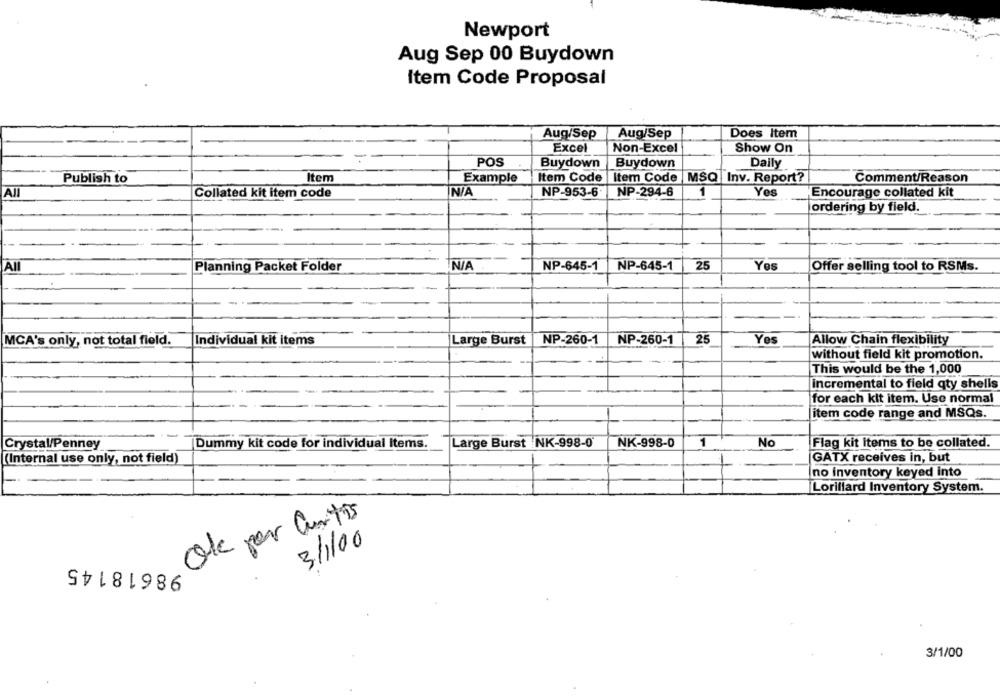
Newport
Aug Sep 00 Buydown
Item Code Proposal
Does Item
Aug/Sep
Aug/Sep
Excel
Non-Excel
Show On
-
POS
Buydown
Buydown
Daily
Publish to
Item
Example
Item Code
Item Code MSQ Inv. Report?
Comment/Reason
All
Collated kit item code
NP-953-6
NP-294-6
1
Yes
Encourage collated kit
ordering by field.
AI
Planning Packet Folder
NP-645-1
NP-645-1
25
Yes
Offer selling tool to RSMs.
MCA's only, not total field.
Individual kit items
Large Burst
NP-260-1
NP-260-1
25
Yes
Allow Chain flexibility
without field kit promotion.
This would be the 1,000
incremental to field qty shells
for each kit item. Use normal
item code range and MSQs.
Crystal/Penney
Dummy kit code for individual Items.
Large Burst NK-998-0
NK-998-0
1
No
Flag kit Items to be collated.
(Internal use only, not field)
GATX receives in, but
1
no inventory keyed into
Lorillard Inventory System.
Ok per antos
3/1/00
98618145
3/1/00